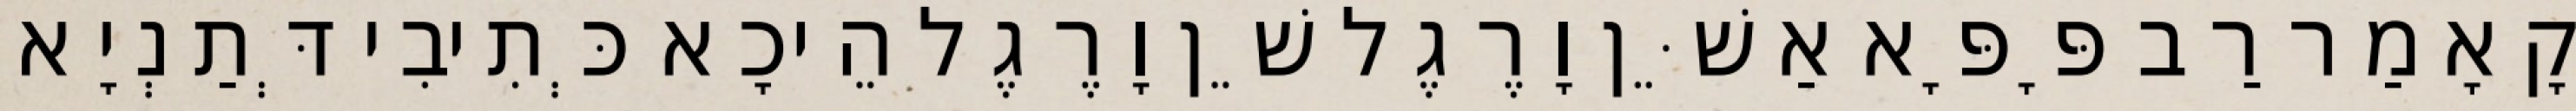
קָאָמַר רַב פָּפָּא אַשֵּׁן וָרֶגֶל שֵׁן וָרֶגֶל הֵיכָא כְּתִיבִי דְּתַנְיָא